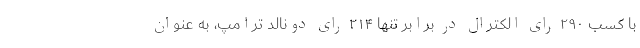
با کسب ۲۹۰ رای الکترال در برابر تنها ۲۱۴ رای دونالد ترامپ، به عنوان